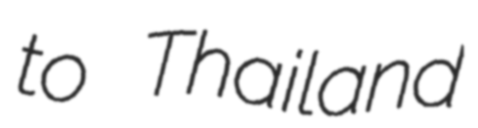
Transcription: to Thailand